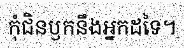
កុំជិនឫកនឹងអ្នកដទៃ។